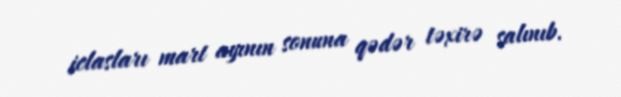
iclasları mart ayının sonuna qədər təxirə salınıb.